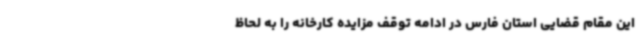
این مقام قضایی استان فارس در ادامه توقف مزایده کارخانه را به لحاظ